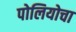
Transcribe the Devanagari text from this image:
पोलियोचा